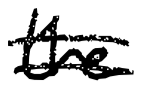
Text: the
Cross-out: double-line
Writing tool: digital_black